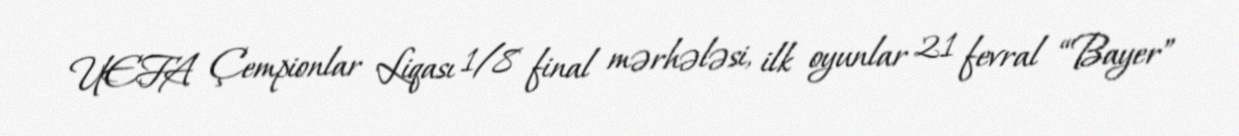
UEFA Çempionlar Liqası 1/8 final mərhələsi, ilk oyunlar 21 fevral “Bayer”